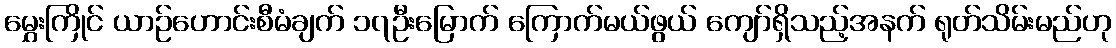
မွှေးကြိုင် ယာဉ်ဟောင်းစီမံချက် ၁၇ဦးမြောက် ကြောက်မယ်ဖွယ် ကျော်ရှိသည့်အနက် ရုတ်သိမ်းမည်ဟု